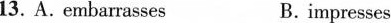
13.A. embarrasses B.Impresses